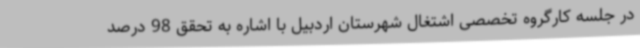
در جلسه کارگروه تخصصی اشتغال شهرستان اردبیل با اشاره به تحقق 98 درصد